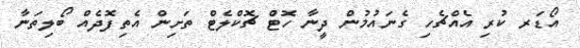
އޯޑަރ ކުރި އެއްޗެހި ގެނައުމުން ދީނާ ހޮޓް ޗޮކްލެޓް ތަށިން އެތިފޮދެއް ބޯލިތަނާ